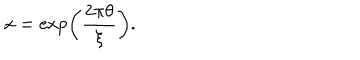
LaTeX: x = \exp \left( \frac { 2 \pi \theta } { \xi } \right) .